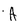
Character: A